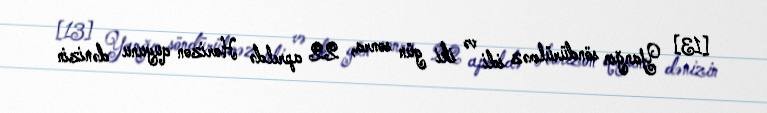
[13] Yanğın söndürülməz idi və iki gün sonra, 22 apreldə Horizon quyunu dənizin